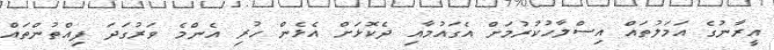
އީރާނުގެ އަމަލުތައް އިސްލާހުކުރުމަށް އެގައުމާއި ދެކޮޅަށް އެޅެން ހުރި އެންމެ ވަރުގަދަ ފިއްތުންތައް